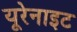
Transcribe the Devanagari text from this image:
यूरेनाइट